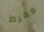
مفرط